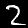
Digit: 2